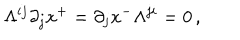
\Lambda ^ { i j } \partial _ { j } x ^ { + } = \partial _ { j } x ^ { - } \Lambda ^ { j i } = 0 \, ,